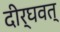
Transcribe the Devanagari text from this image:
दीर्घवत्